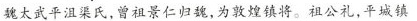
魏太武平沮渠氏，曾祖景仁归魏，为敦煌镇将。祖公礼，平城镇